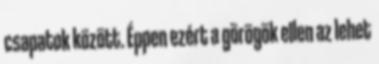
csapatok között. Éppen ezért a görögök ellen az lehet